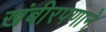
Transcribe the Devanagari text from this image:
खंबीरपणाने